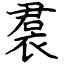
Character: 裠